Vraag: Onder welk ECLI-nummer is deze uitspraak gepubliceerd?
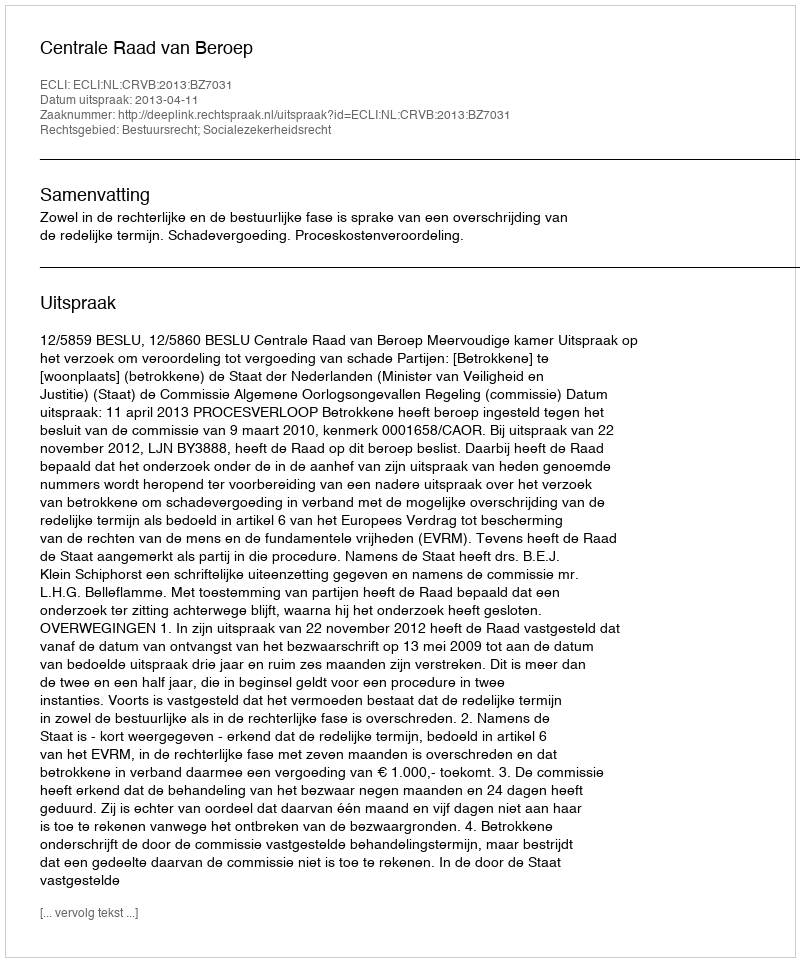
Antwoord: ECLI:NL:CRVB:2013:BZ7031